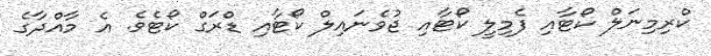
ކްރިމިނަލް ކޯޓާއި ފެމިލީ ކޯޓާއި ޖުވެނައިލް ކޯޓާއި ޑްރަގް ކޯޓެވެ. އެ މާއްދާގެ